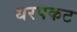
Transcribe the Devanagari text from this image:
धरपकट